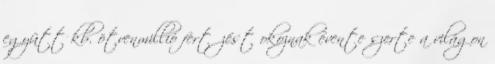
együtt kb. ötvenmillió fertőzést okoznak évente szerte a világon